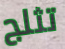
تثلج